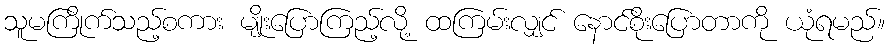
သူမကြိုက်သည့်စကား မျိုးပြောကြည့်လို့ ထကြမ်းလျှင် နောင်စိုးပြောတာကို ယုံရမည်။